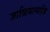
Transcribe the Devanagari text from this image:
जाळियामाजि